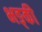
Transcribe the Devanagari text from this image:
भङ्की